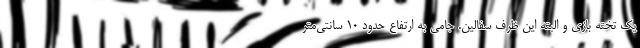
یک تخته بازی و البته این ظرف سفالین. جامی به ارتفاع حدود ۱۰ سانتی‌متر